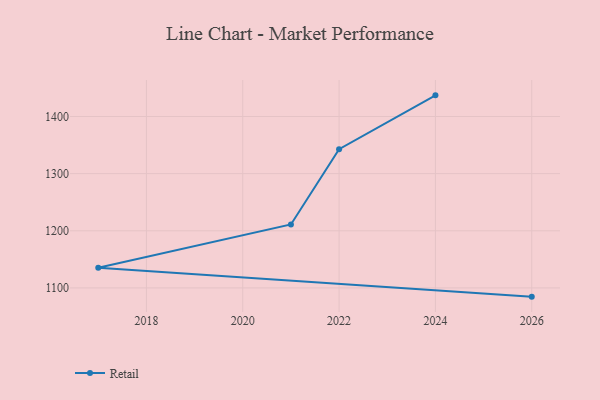
{"axis": {"x": "Year", "y": "Net Income (USD K)"}, "legend": ["Retail"], "data": [{"x": "2026", "y": 1084.7, "type": "Retail"}, {"x": "2017", "y": 1135.1, "type": "Retail"}, {"x": "2021", "y": 1211.0, "type": "Retail"}, {"x": "2022", "y": 1342.8, "type": "Retail"}, {"x": "2024", "y": 1437.0, "type": "Retail"}]}